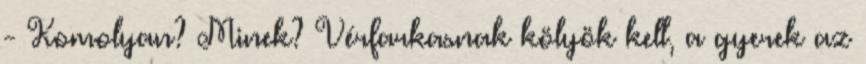
- Komolyan? Minek? Vérfarkasnak kölyök kell, a gyerek az